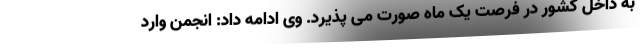
به داخل کشور در فرصت یک ماه صورت می پذیرد. وی ادامه داد: انجمن وارد